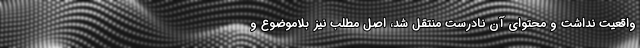
واقعیت نداشت و محتوای آن نادرست منتقل شد، اصل مطلب نیز بلاموضوع و